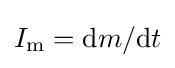
I_{\mathrm {m} }=\mathrm {d} m/\mathrm {d} t\,\!